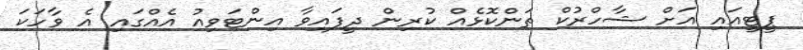
ޕީޓީއައި އަށް ޝާހްރުކް ތަންކޮޅެއް ކުރިން ދީފައިވާ އިންޓަވިއު އެއްގައި އެ ވާހަކަ